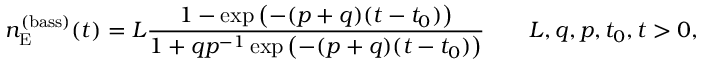
n _ { \mathrm { E } } ^ { ( \mathrm { b a s s } ) } ( t ) = L \frac { 1 - \exp \left( - ( p + q ) ( t - t _ { 0 } ) \right) } { 1 + q p ^ { - 1 } \exp \left( - ( p + q ) ( t - t _ { 0 } ) \right) } \qquad L , q , p , t _ { 0 } , t > 0 ,